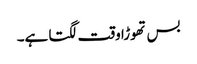
بس تھوڑا وقت لگتا ہے۔